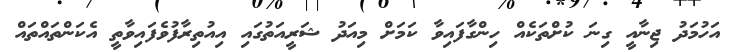
އަހުމަދު ޖިނާއީ ގިނަ ކުށްތަކެއް ހިންގާފައިވާ ކަމަށް މިއަދު ޝަރީއަތުގައި އިއުތިރާފުވެފައިވާތީ އެކަންތައްތައް